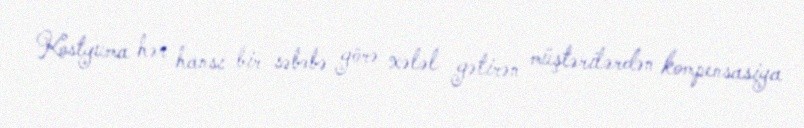
Kostyuma hər hansı bir səbəbə görə xələl gətirən müştərilərdən kompensasiya